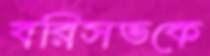
বরিসভকে